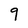
Character: 9